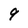
Character: 9